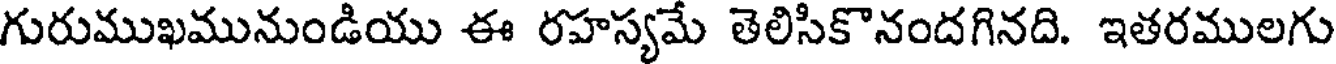
గురుముఖమునుండియు ఈ రహస్యమే తెలిసికొనందగినది. ఇతరములగు